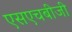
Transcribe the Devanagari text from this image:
एसएचबीजी